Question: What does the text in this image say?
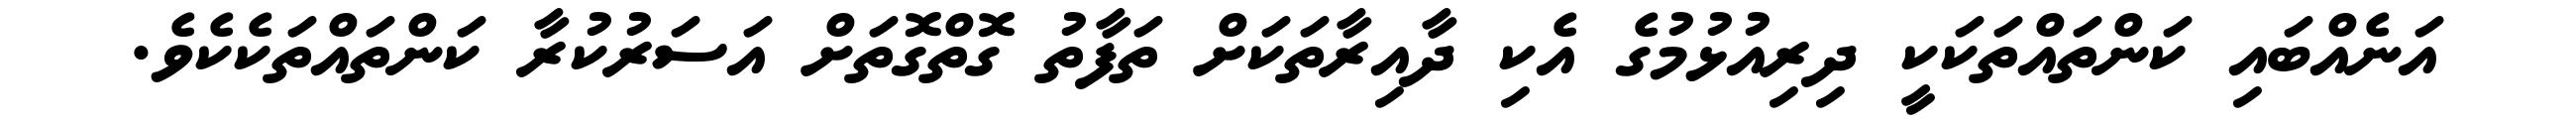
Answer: އަނެއްބައި ކަންތައްތަކަކީ ދިރިއުޅުމުގެ އެކި ދާއިރާތަކަށް ތަފާތު ގޮތްގޮތަށް އަސަރުކުރާ ކަންތައްތަކެކެވެ.